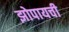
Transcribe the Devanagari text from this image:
झोपायची